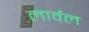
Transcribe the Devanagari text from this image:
लार्वल